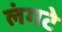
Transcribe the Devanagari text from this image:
लंगटे